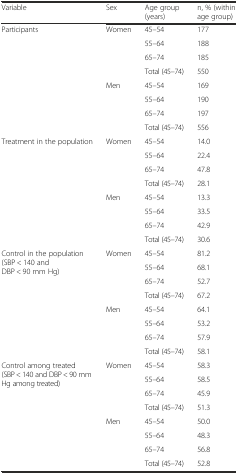
<table><thead><tr><td><b>Variable</b></td><td><b>Sex</b></td><td><b>Age group (years)</b></td><td><b>n, % (within age group)</b></td></tr></thead><tbody><tr><td rowspan="8">Participants</td><td rowspan="4">Women</td><td>45–54</td><td>177</td></tr><tr><td>55–64</td><td>188</td></tr><tr><td>65–74</td><td>185</td></tr><tr><td>Total (45–74)</td><td>550</td></tr><tr><td rowspan="4">Men</td><td>45–54</td><td>169</td></tr><tr><td>55–64</td><td>190</td></tr><tr><td>65–74</td><td>197</td></tr><tr><td>Total (45–74)</td><td>556</td></tr><tr><td rowspan="8">Treatment in the population</td><td rowspan="4">Women</td><td>45–54</td><td>14.0</td></tr><tr><td>55–64</td><td>22.4</td></tr><tr><td>65–74</td><td>47.8</td></tr><tr><td>Total (45–74)</td><td>28.1</td></tr><tr><td rowspan="4">Men</td><td>45–54</td><td>13.3</td></tr><tr><td>55–64</td><td>33.5</td></tr><tr><td>65–74</td><td>42.9</td></tr><tr><td>Total (45–74)</td><td>30.6</td></tr><tr><td rowspan="8">Control in the population (SBP &lt; 140 and DBP &lt; 90 mm Hg)</td><td rowspan="4">Women</td><td>45–54</td><td>81.2</td></tr><tr><td>55–64</td><td>68.1</td></tr><tr><td>65–74</td><td>52.7</td></tr><tr><td>Total (45–74)</td><td>67.2</td></tr><tr><td rowspan="4">Men</td><td>45–54</td><td>64.1</td></tr><tr><td>55–64</td><td>53.2</td></tr><tr><td>65–74</td><td>57.9</td></tr><tr><td>Total (45–74)</td><td>58.1</td></tr><tr><td rowspan="8">Control among treated (SBP &lt; 140 and DBP &lt; 90 mm Hg among treated)</td><td rowspan="4">Women</td><td>45–54</td><td>58.3</td></tr><tr><td>55–64</td><td>58.5</td></tr><tr><td>65–74</td><td>45.9</td></tr><tr><td>Total (45–74)</td><td>51.3</td></tr><tr><td rowspan="4">Men</td><td>45–54</td><td>50.0</td></tr><tr><td>55–64</td><td>48.3</td></tr><tr><td>65–74</td><td>56.8</td></tr><tr><td>Total (45–74)</td><td>52.8</td></tr></tbody></table>